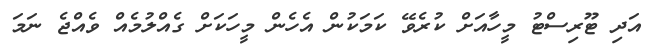
އަދި ޓޫރިސްޓު މީހާއަށް ކުރެވޭ ކަމަކުން އެހެން މީހަކަށް ގެއްލުމެއް ވެއްޖެ ނަމަ